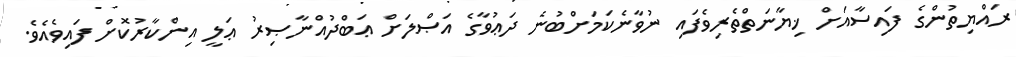
ރައްޔިތުންގެ ފައިސާއަށް ޚިޔާނަތްތެރިވެފައި ނުވާނެކަމަށްބުނެ ދަޢުވާގެ އަޞްލަށް ޢަބްދުއްނާޞިރު ޢަލީ އިންކާރުކޮށް ފައިވެއެވެ.